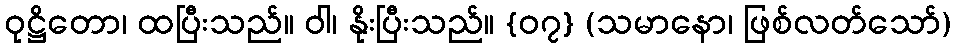
ဝုဋ္ဌိတော၊ ထပြီးသည်။ ဝါ၊ နိုးပြီးသည်။ {၀၇} (သမာနော၊ ဖြစ်လတ်သော်)